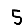
Digit: 5